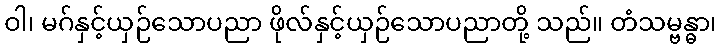
ဝါ၊ မဂ်နှင့်ယှဉ်သောပညာ ဖိုလ်နှင့်ယှဉ်သောပညာတို့ သည်။ တံသမ္ဗန္ဓာ၊